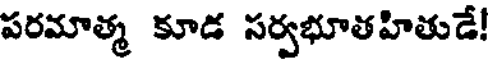
పరమాత్మ కూడ సర్వభూతహితుడే!